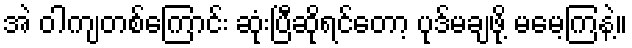
အဲ ဝါကျတစ်ကြောင်း ဆုံးပြီဆိုရင်တော့ ပုဒ်မချဖို့ မမေ့ကြနဲ့။